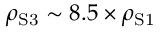
\rho _ { \mathrm { S 3 } } \sim 8 . 5 \times \rho _ { \mathrm { S 1 } }